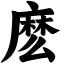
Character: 麽